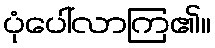
ပုံပေါ်လာကြ၏။